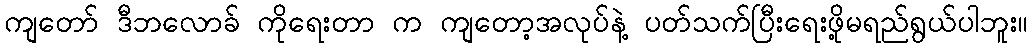
ကျတော် ဒီဘလောခ် ကိုရေးတာ က ကျတော့အလုပ်နဲ့ ပတ်သက်ပြီးရေးဖို့မရည်ရွယ်ပါဘူး။